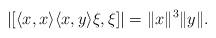
LaTeX: \begin{align*} |[ \langle x, x \rangle \langle x, y \rangle \xi, \xi ]| =\| x\|^3 \| y\|.\end{align*}